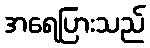
အရေပြားသည်